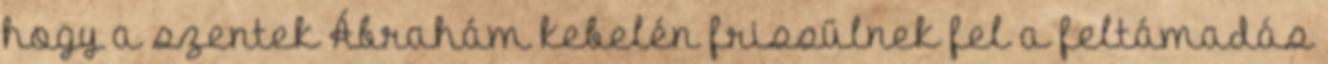
hogy a szentek Ábrahám kebelén frissülnek fel a feltámadás